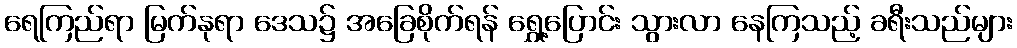
ရေကြည်ရာ မြက်နုရာ ဒေသ၌ အခြေစိုက်ရန် ရွှေ့ပြောင်း သွားလာ နေကြသည့် ခရီးသည်များ